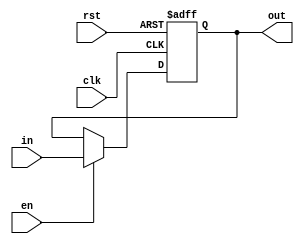
`timescale 1ns / 1ps

// a copy from flop-en


module pc_unit #(parameter WIDTH = 8)(
	input wire clk,rst,en,
	input wire[WIDTH-1:0] in,
	output reg[WIDTH-1:0] out
    );
	always @(posedge clk,posedge rst) begin
		if(rst) begin
			out <= 0;
		end else if(en) begin
			out <= in;
		end
	end
endmodule